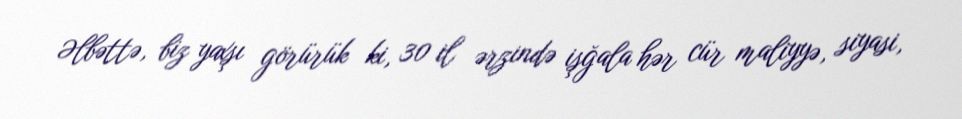
Əlbəttə, biz yaxşı görürük ki, 30 il ərzində işğala hər cür maliyyə, siyasi,